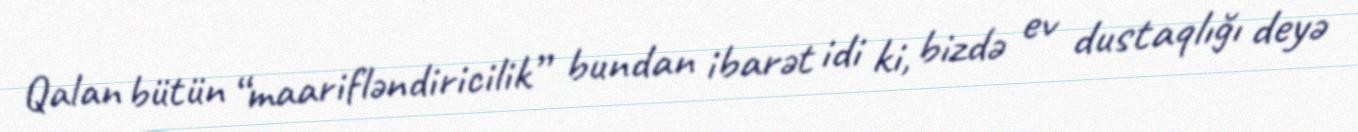
Qalan bütün “maarifləndiricilik” bundan ibarət idi ki, bizdə ev dustaqlığı deyə